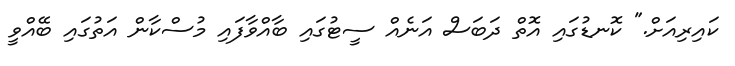
ކައިރިއަށް." ކޮނޑުގައި އޮތް ދަބަސް އަނެއް ސީޓުގައި ބާއްވާފައި މުސްކާން އަތުގައި ބޭއްވީ